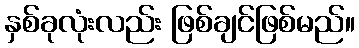
နှစ်ခုလုံးလည်း ဖြစ်ချင်ဖြစ်မည်။